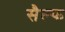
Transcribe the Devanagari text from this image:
सैल्फ